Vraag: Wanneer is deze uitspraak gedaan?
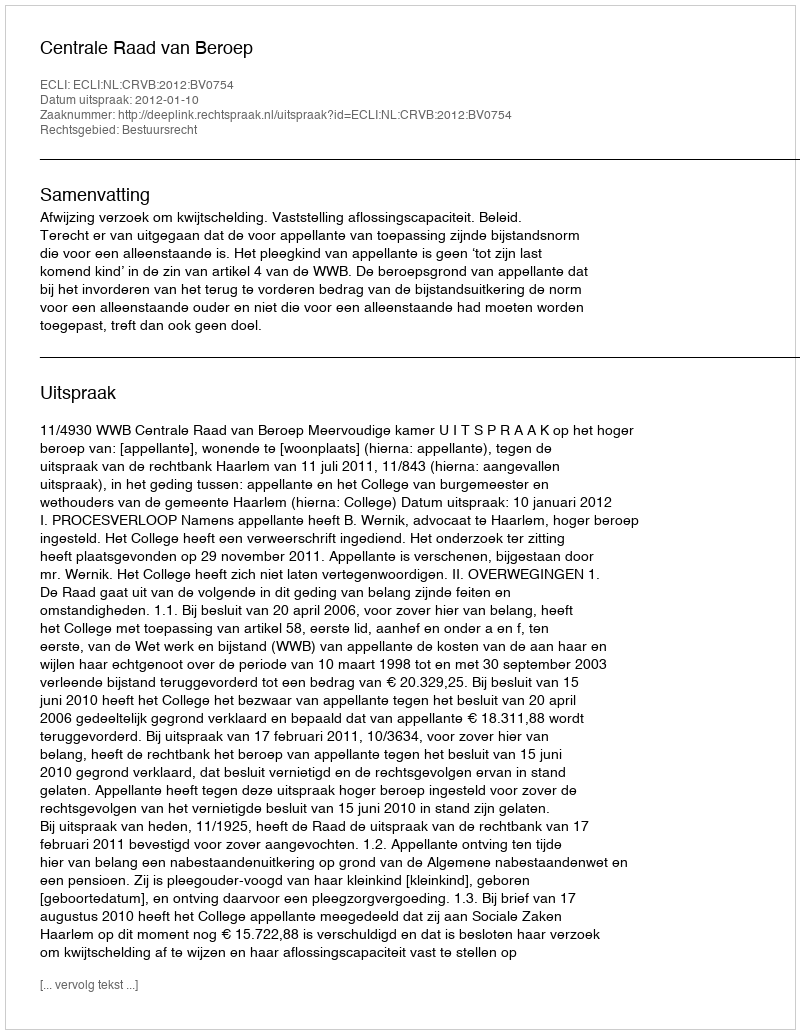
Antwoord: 2012-01-10